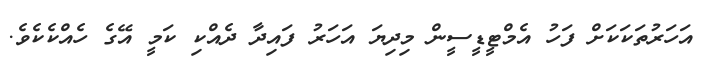
އަހަރުތަކަކަށް ފަހު އެމްޓީޑީސީން މިދިޔަ އަހަރު ފައިދާ ދެއްކި ކަމީ އޭގެ ހެއްކެކެވެ.